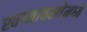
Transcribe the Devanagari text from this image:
स्वप्नावस्थेमध्ये